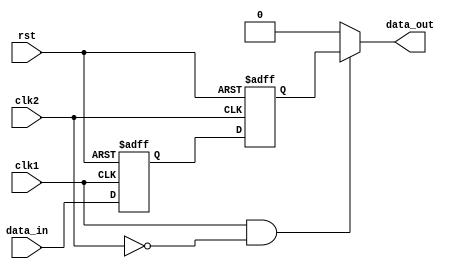
module Synchronizer (
    input wire clk1,       // Clock signal for domain 1
    input wire clk2,       // Clock signal for domain 2
    input wire rst,        // Reset signal
    input wire data_in,    // Input data signal
    output reg data_out    // Output data signal
);

reg ff1, ff2;              // Flip-flop signals for each clock domain

always @(posedge clk1 or posedge rst) begin
    if (rst) begin
        ff1 <= 1'b0;
    end else begin
        ff1 <= data_in;
    end
end

always @(posedge clk2 or posedge rst) begin
    if (rst) begin
        ff2 <= 1'b0;
    end else begin
        ff2 <= ff1;
    end
end

always @(*) begin
    if (clk1 && ~clk2) begin
        data_out <= ff2;
    end else begin
        data_out <= 1'b0;
    end
end

endmodule